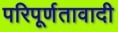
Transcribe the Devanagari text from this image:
परिपूर्णतावादी